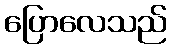
ပြောလေသည်